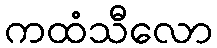
ကထံသီလော